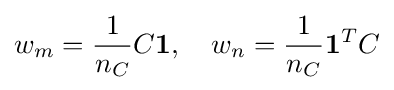
w_{m}={\frac {1}{n_{C}}}C\mathbf {1} ,\quad w_{n}={\frac {1}{n_{C}}}\mathbf {1} ^{T}C